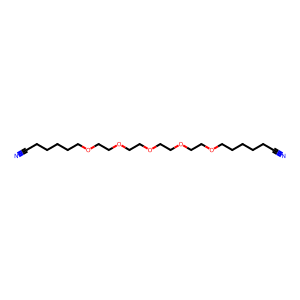
SMILES: N#CCCCCCOCCOCCOCCOCCOCCCCCC#N
Inhibits HIV replication: No